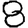
Digit: 8